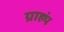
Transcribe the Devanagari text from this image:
ग्राह्यं